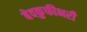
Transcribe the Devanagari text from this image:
बेवकुफीभरी